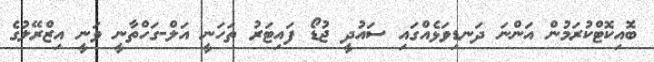
ބޮއިކޮޓްކުރަމުން އަންނަ ދަނޑިވަޅެއްގައި ސައުދީ ޖުޑޯ ފައިޓަރު ތަހަނީ އަލް-ގަހްތާނީ ވަނީ އިޒްރޭލުގެ